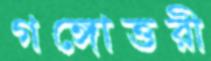
গঙ্গোত্তরী